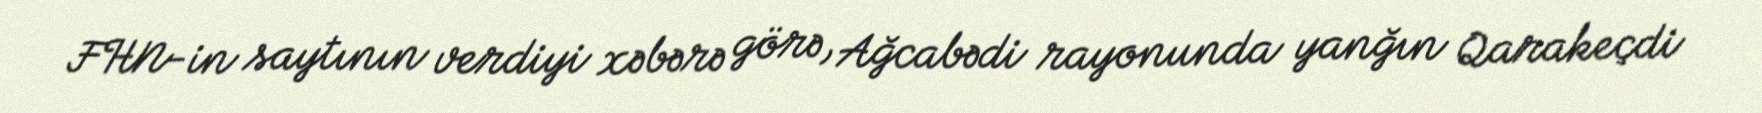
FHN-in saytının verdiyi xəbərə görə, Ağcabədi rayonunda yanğın Qarakeçdi